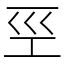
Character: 巠